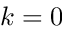
k = 0